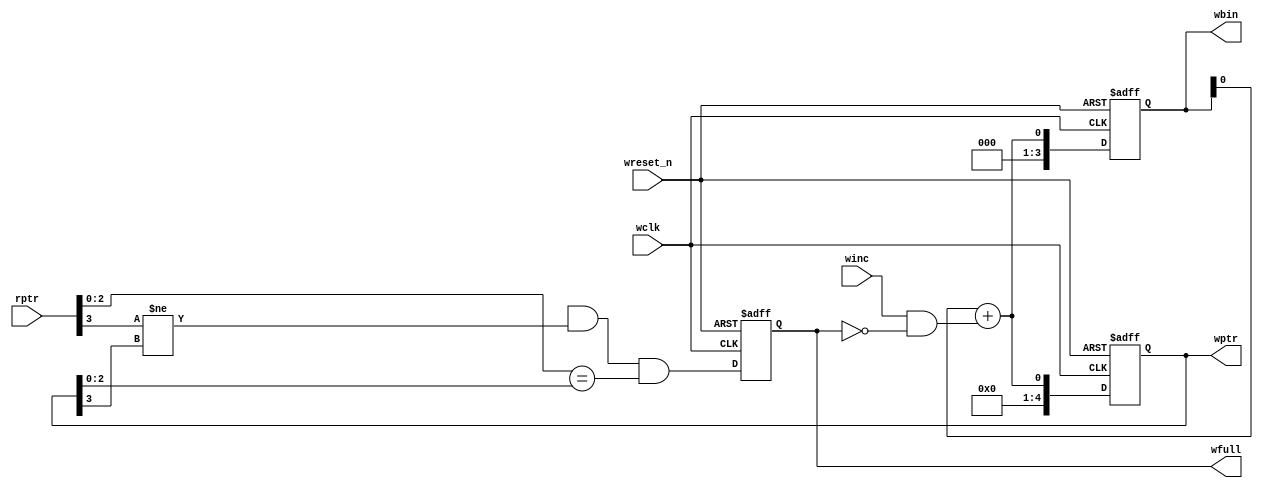

module write_full #(parameter ADDRESS_SIZE = 4)(
input wclk,
input wreset_n,
input winc,
  input [ADDRESS_SIZE-1:0] rptr,
  output reg [ADDRESS_SIZE-1:0] wbin,
  output reg [ADDRESS_SIZE:0] wptr,
output  reg wfull);
  
  
  assign full = (rptr[ADDRESS_SIZE] != wptr[ADDRESS_SIZE]) &&
    (rptr[ADDRESS_SIZE-1] != wptr[ADDRESS_SIZE-1]) &&
    (rptr[ADDRESS_SIZE-2:0] == wptr[ADDRESS_SIZE-2:0]);
  
  assign bin_reg = wbin + (winc && (!wfull));
  assign gray_next = (bin_reg >>1) ^ bin_reg;
  
  always @(posedge wclk or negedge wreset_n) begin
    
    if(!wreset_n) wbin<=0;
    else wbin<=bin_reg;
  end
  
   always @(posedge wclk or negedge wreset_n) begin
    
     if(!wreset_n) wptr<=0;
    else wptr<=gray_next;
  end
  
  always @(posedge wclk or negedge wreset_n) begin
    if(!wreset_n) wfull<=1'b0;
    else wfull <= full;
  end
endmodule